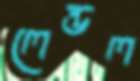
লেন্ডল